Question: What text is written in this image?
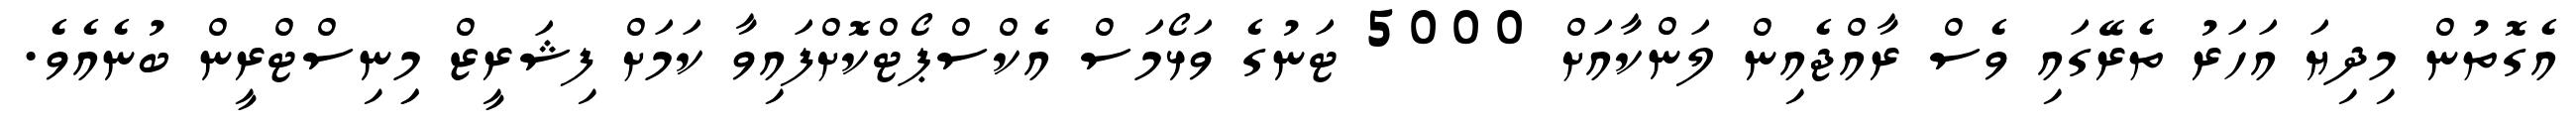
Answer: އެގޮތުން މިދިޔަ އަހަރު ތެރޭގައި ވެސް ރާއްޖެއިން ލަންކާއަށް 5000 ޓަނުގެ ވަޅޯމަސް އެކްސްޕޯޓްކޮށްފައިވާ ކަމަށް ފިޝަރީޒް މިިނިސްޓްރީން ބުނެއެވެ.